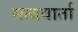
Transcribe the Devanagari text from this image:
सत्यवार्ता